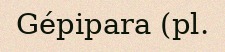
Gépipara (pl.